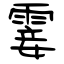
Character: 霎